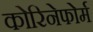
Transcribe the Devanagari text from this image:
कोरिनेफोर्म